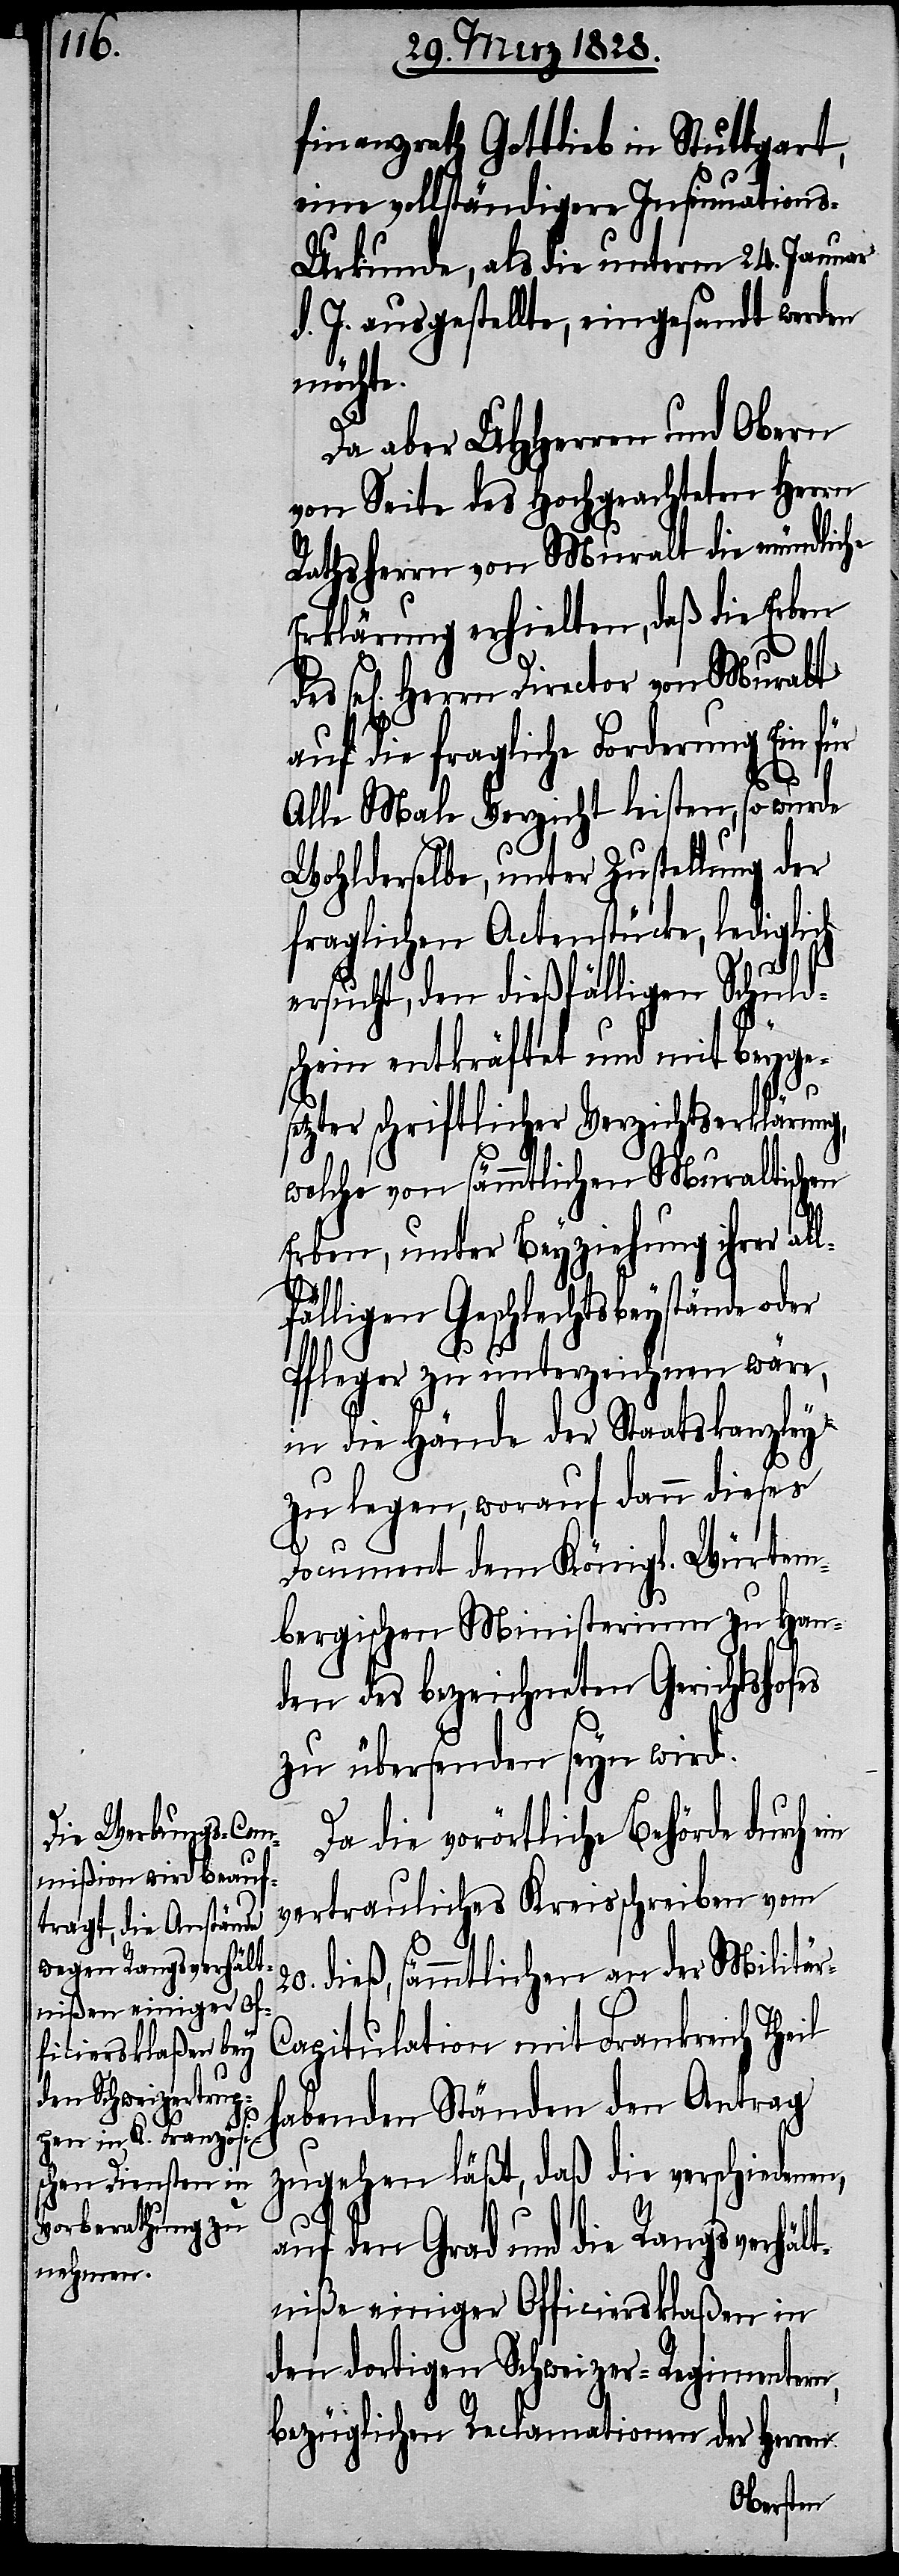
se¬

finanzrath Gottlieb in Stuttgart,
eine vollständigere Insinuation¬
s-Urkunde, als die unterm 24. Januar
d. J. ausgestellte, eingesandt werden
möchte.
Da aber UHHerren und Obern
von Seite des Hochgeachteten Herrn
Rathsherrn von Muralt die mündliche
Erklärung erhielten, daß die Erben
l[igen] Herrn Director von Muralt
auf die fragliche Forderung Ein für
20.
Alle Male Verzicht leisten, so wurde
Wohlderselbe, unter Zustellung der
fraglichen Actenstücke, lediglich
ersucht, den dießfälligen Schuld¬
schein entkräftet und mit beyges¬
etzter schriftlicher Verzichtserklärung,
welche von sämmtlichen Muraltischen
Erben, unter Beyziehung ihrer al¬
lfälligen Geschlechtsbeystände oder
Pfleger zu unterzeichnen wäre,
in die Hände der Staatskanzley
zu legen, worauf dann dieses
Document dem Königl. Würtem¬
bergischen Ministerium zu Han¬
den des bezeichneten Gerichtshofes
zu übersenden seyn wird.
Da die vorörtliche Behörde durch
vertrauliches Kreisschreiben vom
dieß, sämmtlichen an der Militär-C¬
apitulation mit Frankreich Theil
habenden Ständen den Antrag
zugehen läßt, daß die verschiedenen,
auf den Grad und die Rangsverhäl¬
tniße einiger Officiersklaßen in
den dortigen Schweizer-Regimentern,
bezüglichen Reclamationen des Herren